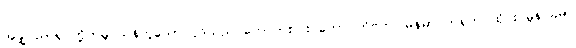
အချို့ပညာရှင်တို့ကမူ သန်ဟူသော ပုဒ်သည် ကောက်စပါး ဟော တိဗက် မြန်မာ တရုတ် ထိုင်း မွန် ခမာ